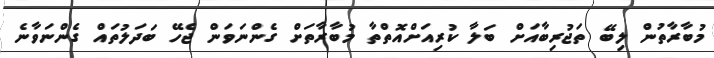
މުބާރާތުން ލިބޭ ތަޖުރިބާއަށް ބަލާ ކުރިއަށްއޮތްތާ މުބާރާތަށް ގެންނަވަން ޖެހޭ ބަދަލުތައް ގެންނަވާނެ